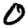
Digit: 0